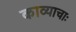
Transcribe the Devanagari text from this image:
काव्याचाः